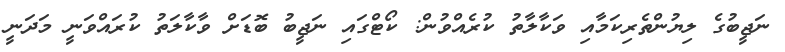
ނަޖީބުގެ ލިޔުންތެރިކަމާއި ވަކާލާތު ކުރެއްވުން: ކޯޓްގައި ނަޖީބު ބޮޑަށް ވާކާލަތު ކުރައްވަނީ މަދަނީ